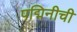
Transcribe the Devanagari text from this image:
पद्मिनीची